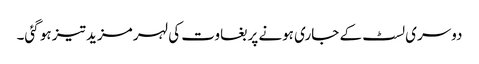
دوسری لسٹ کے جاری ہونے پر بغاوت کی لہر مزید تیز ہو گئی۔